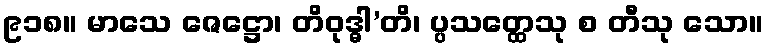
၉၁၈။ မာသေ ဇေဋ္ဌော၊ တိဝုဒ္ဓါ’တိ၊ ပ္ပသတ္ထေသု စ တီသု သော။